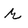
Character: r